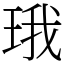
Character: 珴